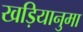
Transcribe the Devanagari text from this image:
खड़ियानुमा